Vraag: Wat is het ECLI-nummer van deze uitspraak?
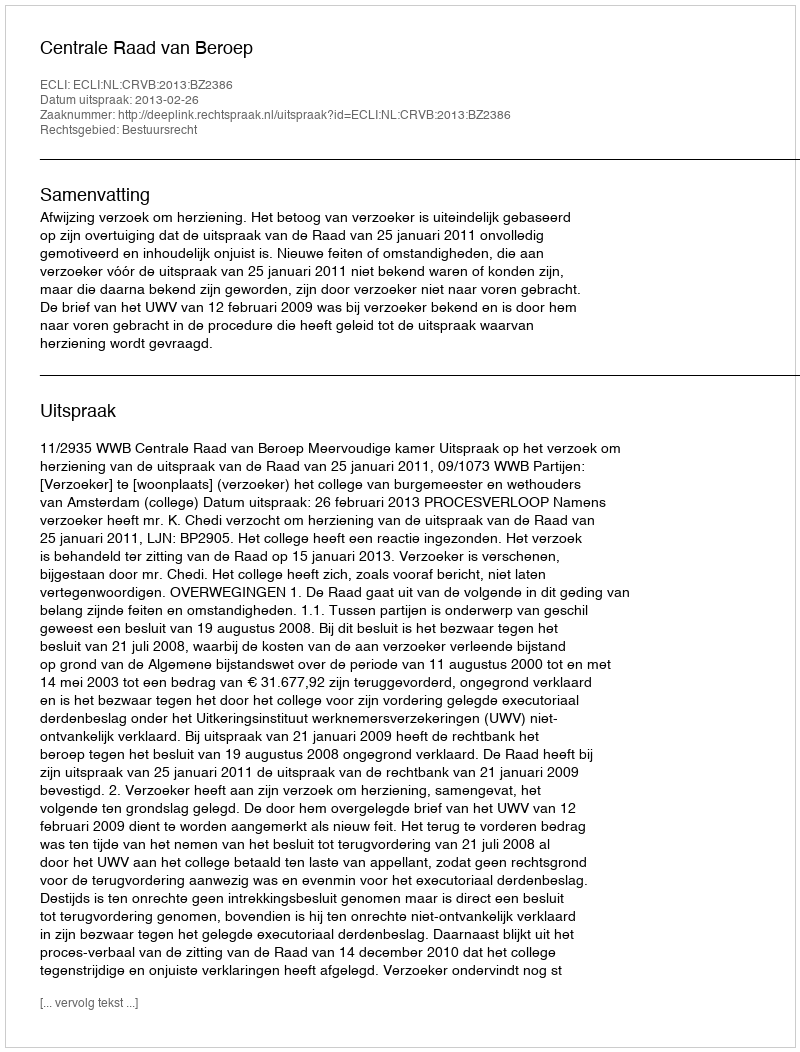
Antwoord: ECLI:NL:CRVB:2013:BZ2386